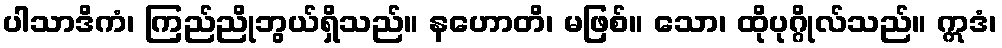
ပါသာဒိကံ၊ ကြည်ညိုဘွယ်ရှိသည်။ နဟောတိ၊ မဖြစ်။ သော၊ ထိုပုဂ္ဂိုလ်သည်။ ဣဒံ၊